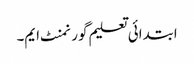
ابتدائی تعلیم گورنمنٹ ایم۔